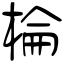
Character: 棆